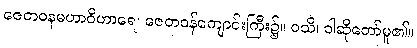
ဇေတဝနမဟာဝိဟာရေ၊ ဇေတဝန်ကျောင်းကြီး၌။ ဝသိ၊ ဝါဆိုတော်မူ၏။